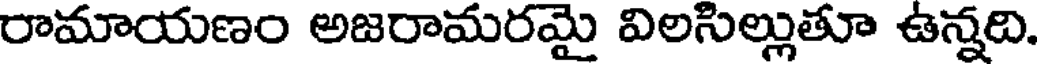
రామాయణం అజరామరమై విలసిల్లుతూ ఉన్నది.